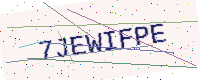
Text: 7JEWIFPE